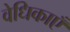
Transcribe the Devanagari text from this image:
वेधिकाएँ